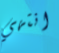
انتهي